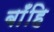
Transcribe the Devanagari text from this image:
बाँहि